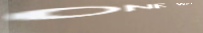
ONE WAY